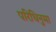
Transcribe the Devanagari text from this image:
परिधिनुमा